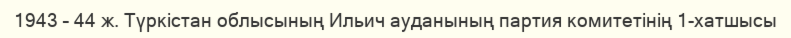
1943 – 44 ж. Түркістан облысының Ильич ауданының партия комитетінің 1-хатшысы